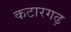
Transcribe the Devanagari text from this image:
कटारगढ़